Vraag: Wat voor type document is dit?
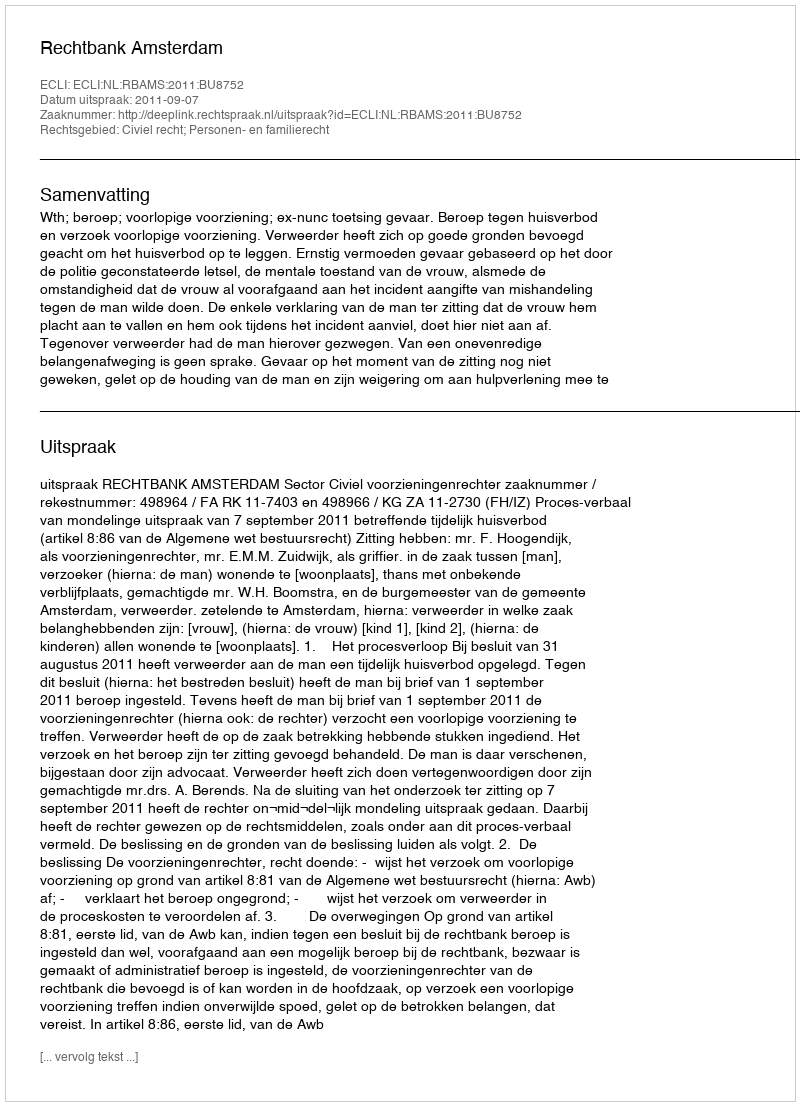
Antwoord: Uitspraak